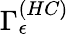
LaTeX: {\Gamma}_{\epsilon}^{\left(HC\right)}